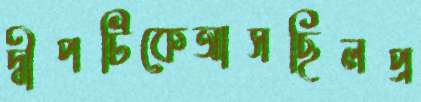
দ্বীপটিকেআসছিলপ্র